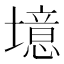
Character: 𪤥